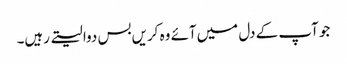
جو آپ کے دل میں‌آئے وہ کریں‌بس دوا لیتے رہیں۔